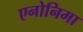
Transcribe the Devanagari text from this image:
एनोनिमा